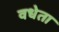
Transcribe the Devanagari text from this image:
वधेता